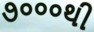
૭૦૦૦થી